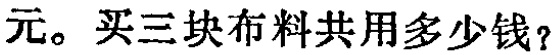
元。买三块布料共用多少钱？